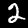
Digit: 2